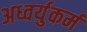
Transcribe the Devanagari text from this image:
अध्वर्युकर्म